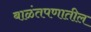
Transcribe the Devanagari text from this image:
बाळंतपणातील